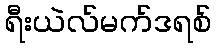
ရီးယဲလ်မက်ဒရစ်